Vaccination North-Western Provinces 1866-1877 - 1866-1877
Year: 1866
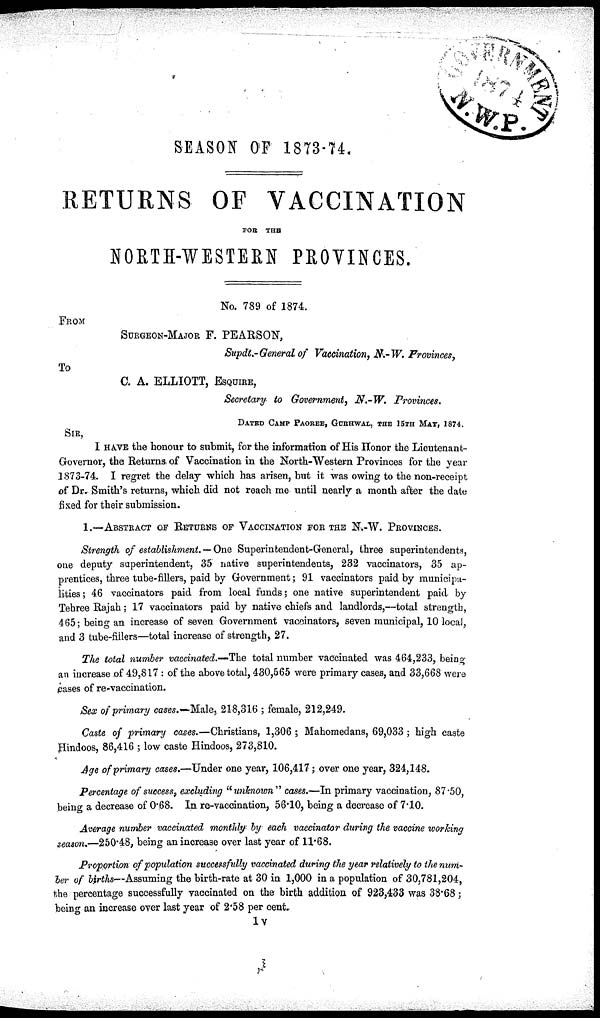
SEASON OF 1873-74.
RETURNS OF VACCINATION
FOR
THE
NORTH-WESTERN PROVINCES.
No. 789 of 1874.
FROM
SURGEON-MAJOR F. PEARSON,
Supdt.-General of Vaccination, N.-W. Provinces,
To
C. A. ELLIOTT, ESQUIRE,
Secretary to Government, N.-W.
Provinces.
DATED CAMP PAOREE, GURHWAL, THE 15TH MAY, 1874.
SIR,
I HAVE the honour to submit, for the information of His Honor the
Lieutenant-Governor,
1873-74. I regret the delay which has arisen, but it was owing to the non-receipt
of Dr. Smith's returns, which did not reach me until nearly a month after the date
fixed for their submission.
1.—ABSTRACT OF RETURNS OF VACCINATION FOR THE N.-W. PROVINCES.
Strength of establishment. — One Superintendent-General, three superintendents,
one deputy superintendent, 35 native superintendents, 232 vaccinators, 35 ap-
prentices, three tube-fillers, paid by Government; 91 vaccinators paid by municipa-
lities ; 46 vaccinators paid from local funds; one native superintendent paid by
Tehree Rajah; 17 vaccinators paid by native chiefs and landlords,—total strength,
465; being an increase of seven Government vaccinators, seven municipal, 10 local,
and 3 tube-fillers—total increase of strength, 27.
The total number vaccinated.—The total number vaccinated was 464,233, being
an increase of 49,817 : of the above total, 430,565 were primary cases, and 33,668 were
cases of re-vaccination.
Sex of primary cases.—Male, 218,316 ; female, 212,249.
Caste of primary cases.—Christians, 1,306 ; Mahomedans, 69,033; high caste
Hindoos, 86,416 ; low caste Hindoos, 273,810.
Age of primary cases.—Under one year, 106,417 ; over one year, 324,148.
Percentage of success, excluding "unknown" cases.—In primary vaccination, 87.50,
being a decrease of 0.68. In re-vaccination, 56.10, being a decrease of 7.10.
Average number vaccinated monthly by each vaccinator during the vaccine working
season.—250.48, being an increase over last year of 11.68.
Proportion of population successfully vaccinated during the year relatively to the num-
ber of births—Assuming the birth-rate at 30 in 1,000 in a population of 30,781,204,
the percentage successfully vaccinated on the birth addition of 923,433 was 38.68;
being an increase over last year of 2.58 per cent.
1v